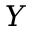
Y